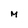
Character: M